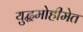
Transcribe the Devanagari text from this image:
युद्धमोहीमेत